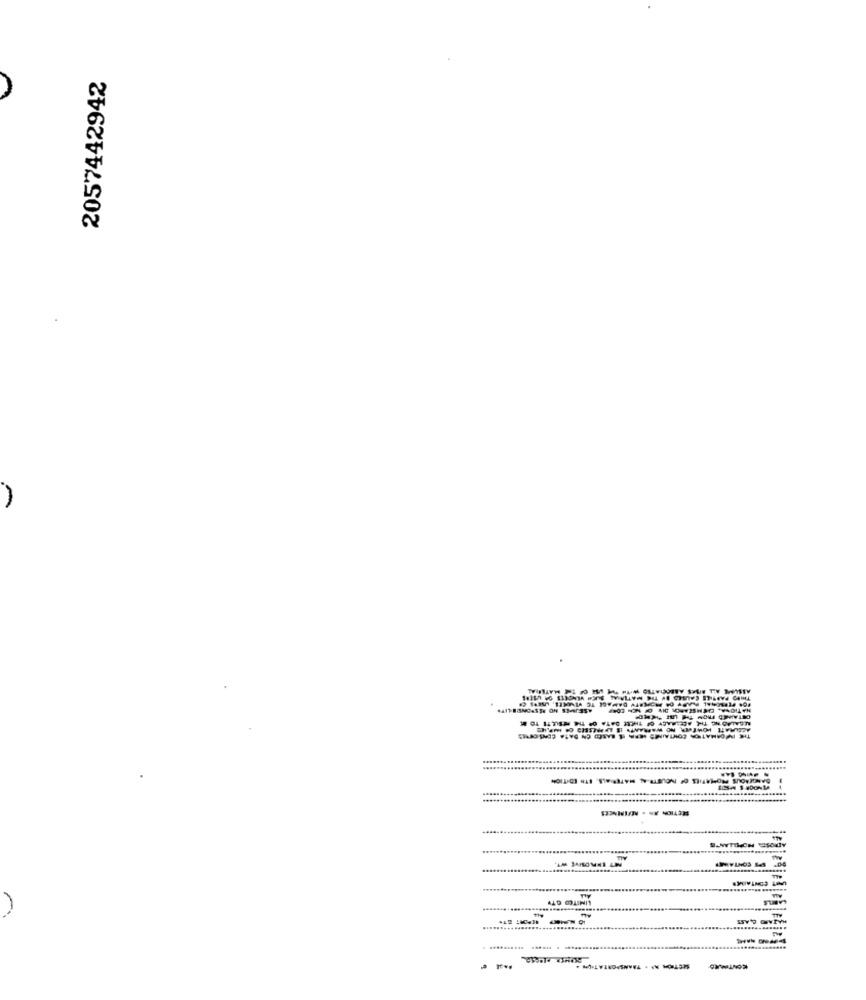
2057442942
SCSA $ #DONTA
# CONTAINER
LIMITED GTV
......
٣٠